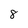
Character: 8